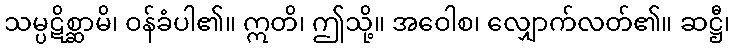
သမ္ပဋိစ္ဆာမိ၊ ဝန်ခံပါ၏။ ဣတိ၊ ဤသို့။ အဝေါစ၊ လျှောက်လတ်၏။ ဆဋ္ဌီ၊